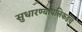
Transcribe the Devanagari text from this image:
सुधारण्यापलिकडचे